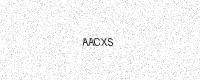
Text: AACXS